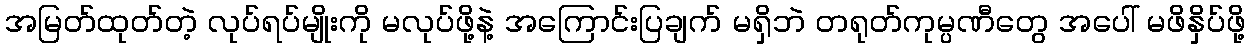
အမြတ်ထုတ်တဲ့ လုပ်ရပ်မျိုးကို မလုပ်ဖို့နဲ့ အကြောင်းပြချက် မရှိဘဲ တရုတ်ကုမ္ပဏီတွေ အပေါ် မဖိနှိပ်ဖို့